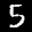
Label: 5